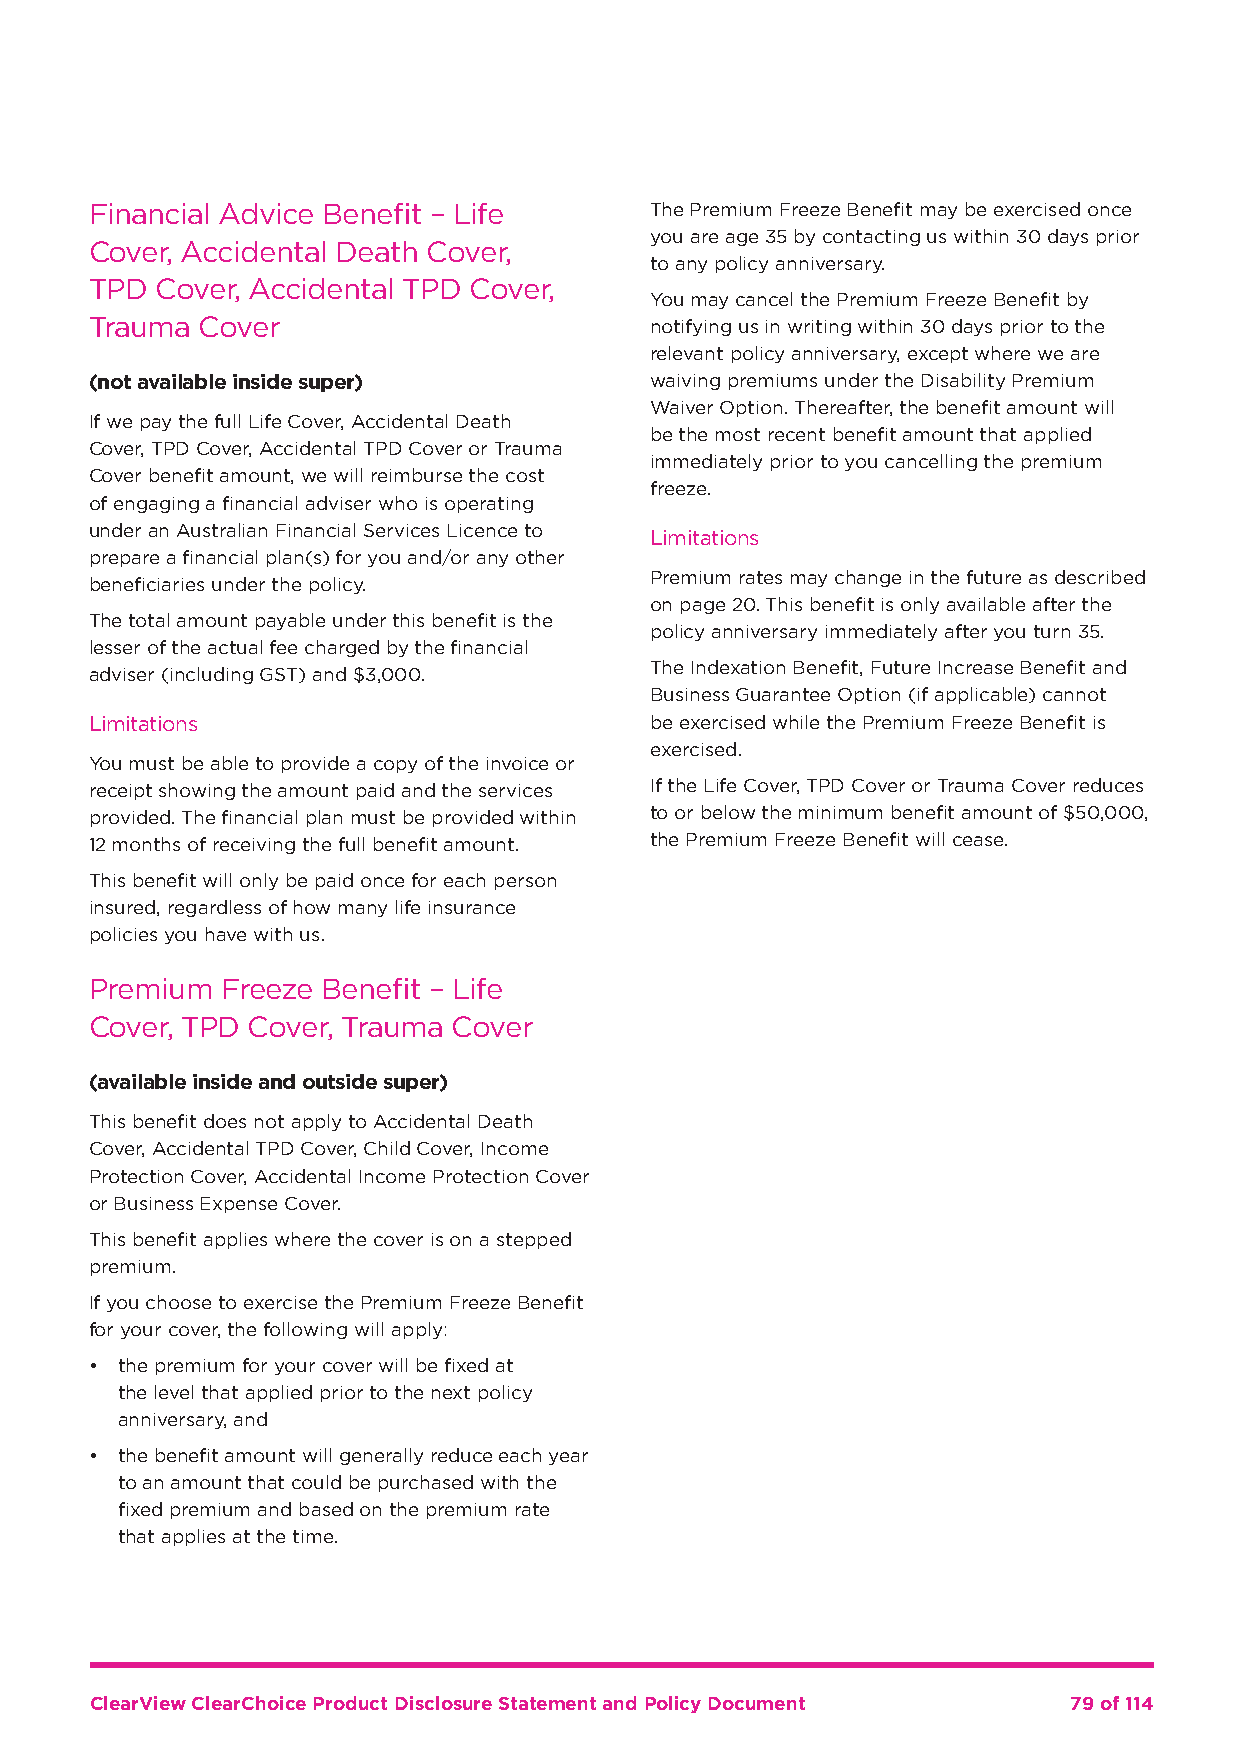
Financial Advice Benefit – Life      The Premium Freeze Benefit may be exercised once
 you are age 35 by contacting us within 30 days prior
 Cover, Accidental Death Cover,
 to any policy anniversary.
 TPD Cover, Accidental TPD Cover,
 You may cancel the Premium Freeze Benefit by
 Trauma Cover                         notifying us in writing within 30 days prior to the
 relevant policy anniversary, except where we are
 (not available inside super)         waiving premiums under the Disability Premium
 Waiver Option. Thereafter, the benefit amount will
 If we pay the full Life Cover, Accidental Death
 be the most recent benefit amount that applied
 Cover, TPD Cover, Accidental TPD Cover or Trauma
 immediately prior to you cancelling the premium
 Cover benefit amount, we will reimburse the cost
 freeze.
 of engaging a financial adviser who is operating
 under an Australian Financial Services Licence to
 Limitations
 prepare a financial plan(s) for you and/or any other
 Premium rates may change in the future as described
 beneficiaries under the policy.
 on page 20. This benefit is only available after the
 The total amount payable under this benefit is the
 policy anniversary immediately after you turn 35.
 lesser of the actual fee charged by the financial
 The Indexation Benefit, Future Increase Benefit and
 adviser (including GST) and $3,000.
 Business Guarantee Option (if applicable) cannot
 Limitations                          be exercised while the Premium Freeze Benefit is
 exercised.
 You must be able to provide a copy of the invoice or
 receipt showing the amount paid and the services If the Life Cover, TPD Cover or Trauma Cover reduces
 provided. The financial plan must be provided within to or below the minimum benefit amount of $50,000,
 12 months of receiving the full benefit amount. the Premium Freeze Benefit will cease.
 This benefit will only be paid once for each person
 insured, regardless of how many life insurance
 policies you have with us.
 Premium  Freeze Benefit – Life
 Cover, TPD Cover, Trauma Cover
 (available inside and outside super)
 This benefit does not apply to Accidental Death
 Cover, Accidental TPD Cover, Child Cover, Income
 Protection Cover, Accidental Income Protection Cover
 or Business Expense Cover.
 This benefit applies where the cover is on a stepped
 premium.
 If you choose to exercise the Premium Freeze Benefit
 for your cover, the following will apply:
 • the premium for your cover will be fixed at
 the level that applied prior to the next policy
 anniversary, and
 • the benefit amount will generally reduce each year
 to an amount that could be purchased with the
 fixed premium and based on the premium rate
 that applies at the time.
 ClearView ClearChoice Product Disclosure Statement and Policy Document 79 of 114